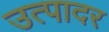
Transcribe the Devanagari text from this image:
उत्पादर